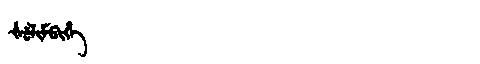
Manchu: ᡧᡠᠯᡳᠮᠪᡳᡥᡝ
Romanization: ŠULIMBIHE